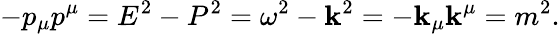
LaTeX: -p_{\mu}p^{\mu}=E^{2}-P^{2}=\omega^{2}-\mathbf{k}^{2}=-\mathbf{k}_{\mu}\mathbf{k}^{\mu}=m^{2}.